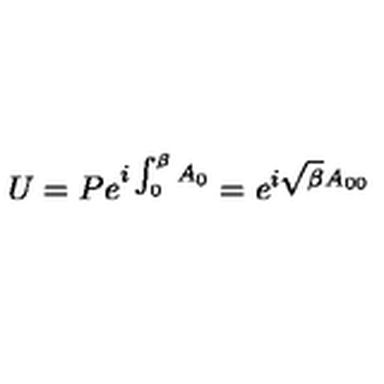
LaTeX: U = P e ^ { i \int _ { 0 } ^ { \beta } A _ { 0 } } = e ^ { i \sqrt { \beta } A _ { 0 0 } }